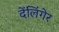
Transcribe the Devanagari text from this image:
देंलिंगेर